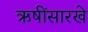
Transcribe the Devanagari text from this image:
ऋषींसारखे